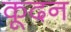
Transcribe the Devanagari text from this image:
कूदन